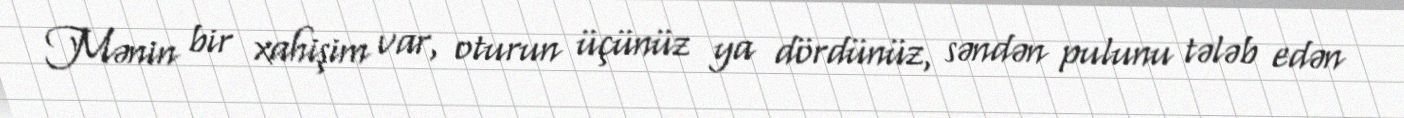
Mənin bir xahişim var, oturun üçünüz ya dördünüz, səndən pulunu tələb edən